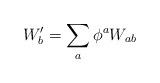
LaTeX: \begin{align*}W_b' = \sum_a \phi^a W_{ab}\end{align*}